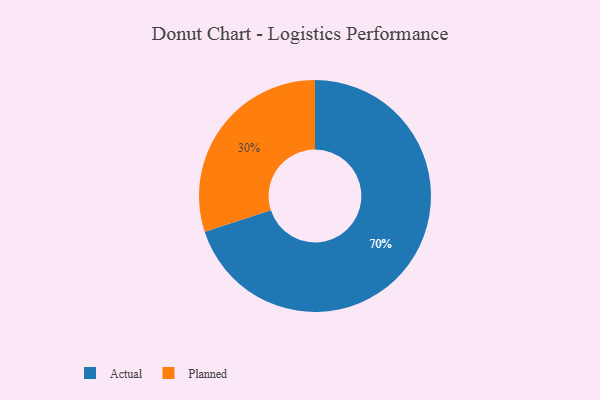
{"axis": {"x": "Category", "y": "Percentage"}, "legend": ["Actual", "Planned"], "data": [{"x": "Actual", "y": 70, "type": "Actual"}, {"x": "Planned", "y": 30, "type": "Planned"}]}